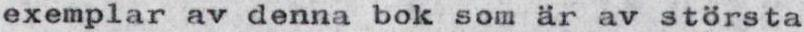
exemplar av denna bok som är av största